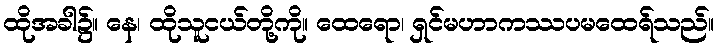
ထိုအခါ၌။ နေ၊ ထိုသူငယ်တို့ကို။ ထေရော၊ ရှင်မဟာကဿပမထေရ်သည်။